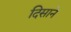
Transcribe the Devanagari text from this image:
दिसाने